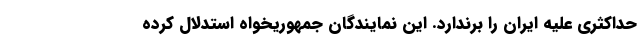
حداکثری علیه ایران را برندارد. این نمایندگان جمهوریخواه استدلال کرده